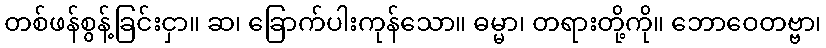
တစ်ဖန်စွန့်ခြင်းငှာ။ ဆ၊ ခြောက်ပါးကုန်သော။ ဓမ္မာ၊ တရားတို့ကို။ ဘောဝေတဗ္ဗာ၊